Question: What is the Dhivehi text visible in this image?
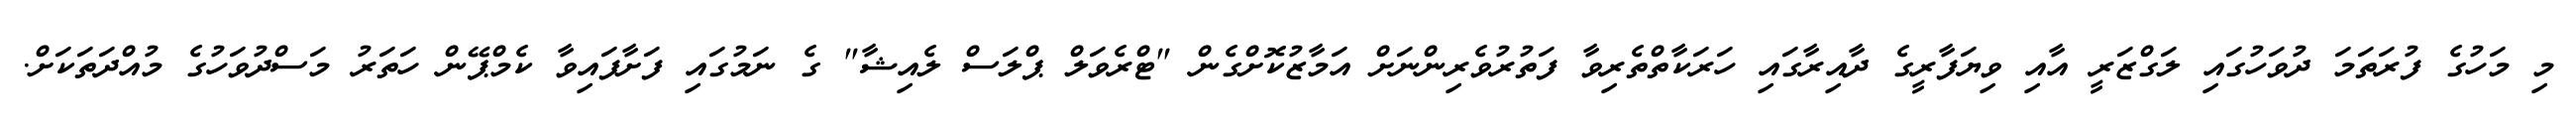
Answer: މި މަހުގެ ފުރަތަމަ ދުވަހުގައި ލަގްޒަރީ އާއި ވިޔަފާރީގެ ދާއިރާގައި ހަރަކާތްތެރިވާ ފަތުރުވެރިންނަށް އަމާޒުކޮށްގެން "ޓްރެވަލް ޕްލަސް ލެއިޝާ" ގެ ނަމުގައި ފަށާފައިވާ ކެމްޕޭން ހަތަރު މަސްދުވަހުގެ މުއްދަތަކަށް.